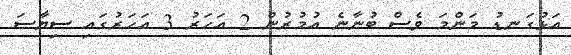
އަޅުގަނޑު މަންމަ ވެސް ބުނާނެ އުމުރުން 2 އަހަރު 3 އަހަރުގައި ސިޔާސަ